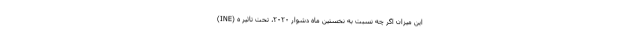
(INE) این میزان اگر چه نسبت به نخستین ماه دشوار ۲۰۲۰، تحت تاثیر ه